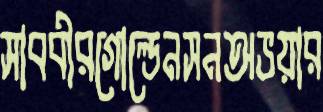
সাববীরগোল্ডেনসনঅভয়ার